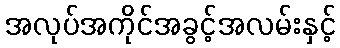
အလုပ်အကိုင်အခွင့်အလမ်းနှင့်